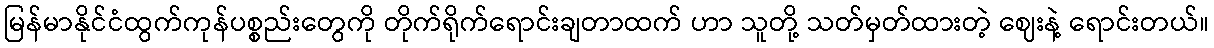
မြန်မာနိုင်ငံထွက်ကုန်ပစ္စည်းတွေကို တိုက်ရိုက်ရောင်းချတာထက် ဟာ သူတို့ သတ်မှတ်ထားတဲ့ ဈေးနဲ့ ရောင်းတယ်။